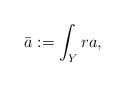
LaTeX: \begin{align*}\bar{a}:=\int_Y ra,\end{align*}